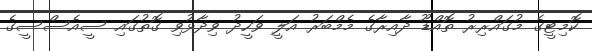
ކޮމިޓީގެ މުގައްރިރު ތޮއްޑޫ ދާއިރާގެ މެމްބަރު އަލީ ވަހީދު ވިދާޅުވި ގޮތުގައި ސީއެސްސީގެ